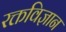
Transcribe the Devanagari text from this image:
रक्तविज्ञान